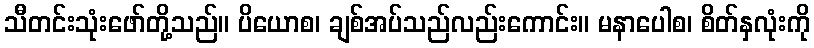
သီတင်းသုံးဖော်တို့သည်။ ပိယောစ၊ ချစ်အပ်သည်လည်းကောင်း။ မနာပေါစ၊ စိတ်နှလုံးကို